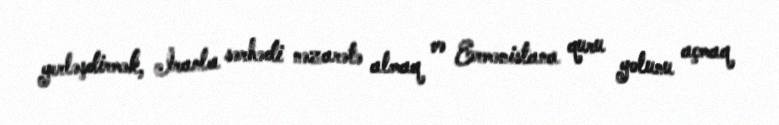
yerləşdirmək, İranla sərhədi nəzarətə almaq və Ermənistana quru yolunu açmaq